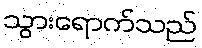
သွားရောက်သည်